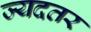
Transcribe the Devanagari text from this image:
ज्यदतर